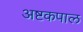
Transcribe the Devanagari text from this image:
अष्टकपाल